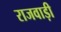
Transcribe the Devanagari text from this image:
राजवाड़ी